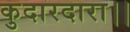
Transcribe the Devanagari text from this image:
कुदारदारा।।